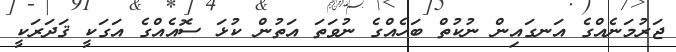
ޖަރުމަނެއްގެ އަނގައިން ނުކުތް ބަހެއްގެ ނުވަތަ އަތުން ކުޅަ ސޮއެއްގެ އަގަކީ ޤަދަރަކީ